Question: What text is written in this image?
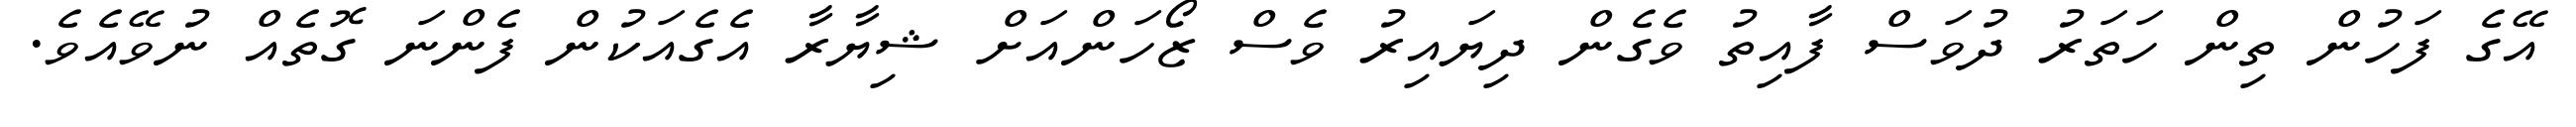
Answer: އޭގެ ފަހުން ތިން ހަތަރު ދުވަސް ފާއިތު ވެގެން ދިޔައިރު ވެސް ޒޯހަންއަށް ޝިޔާރާ އެގެއަކުން ފެންނަ ގޮތެއް ނުވޭއެވެ.